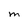
Character: M